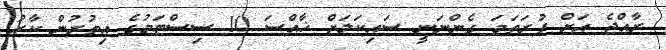
ރާއްޖެ އަށް ފުރަތަމަ ގެންނަނީ ސައިކަލަށް ޚާއްސަ 10 ސިސްޓަމުގެ އިތުރުން ކާރު